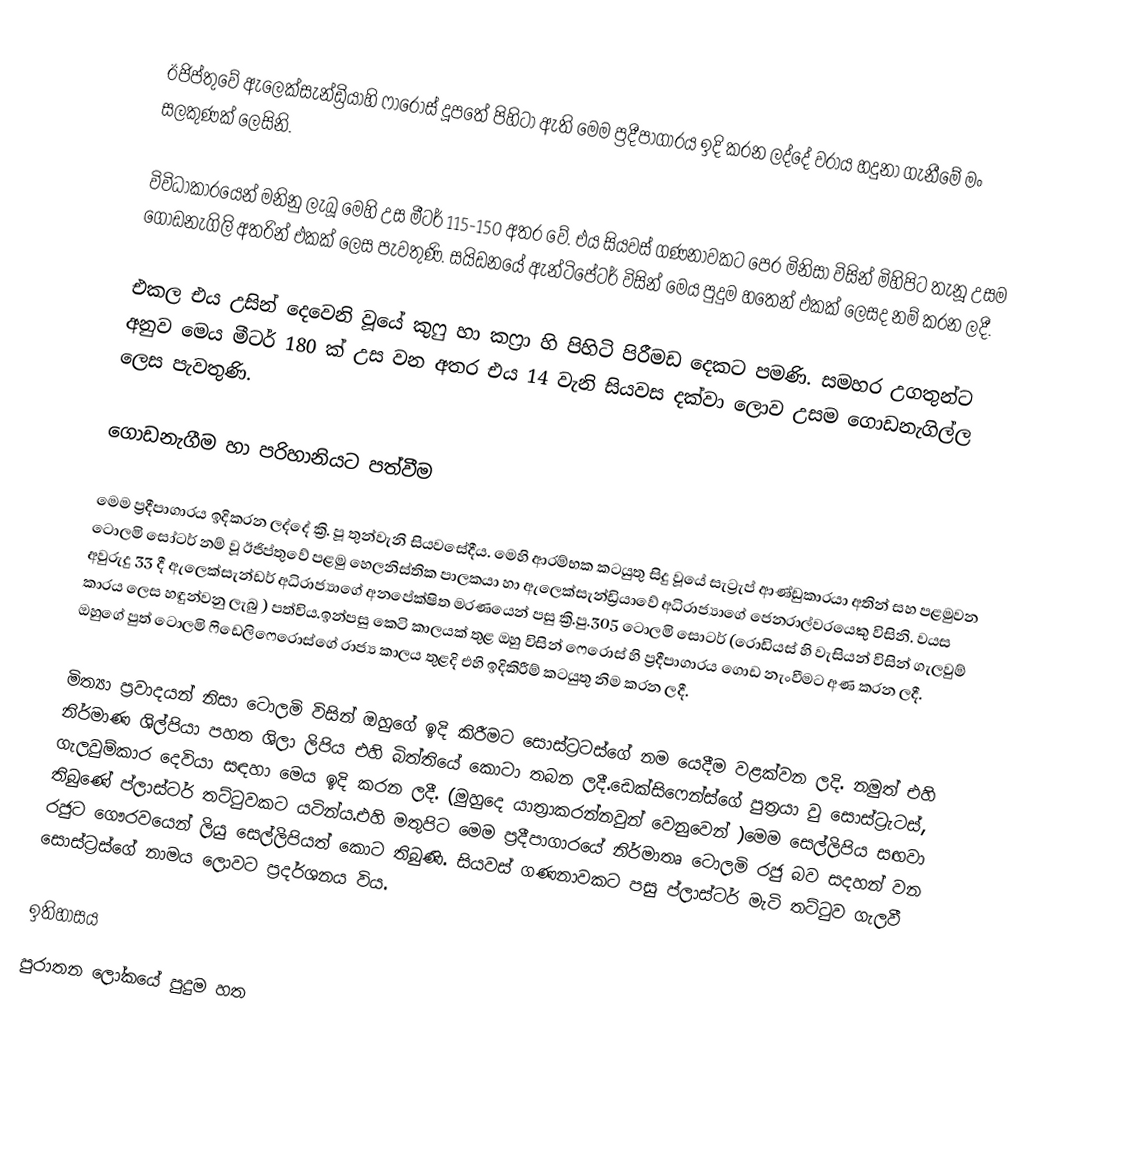
ඊජිප්තුවේ ඇලෙක්සැන්ඩ්‍රියාහි ෆාරොස් දූපතේ පිහිටා ඇති මෙම ප්‍රදීපාගාරය ඉදි කරන ලද්දේ වරාය හදුනා ගැනීමේ මං සලකුණක් ලෙසිනි.

විවිධාකාරයෙන් මනිනු ලැබූ මෙහි උස මීටර් 115-150 අතර වේ. එය සියවස් ගණනාවකට පෙර මිනිසා විසින් මිහිපිට තැනූ උසම ගොඩනැගිලි අතරින් එකක් ලෙස පැවතුණි. සයිඩනයේ ඇන්ටිපේටර් විසින් මෙය පුදුම හතෙන් එකක් ලෙසද නම් කරන ලදී.

එකල එය උසින් දෙවෙනි වූයේ කුෆු හා කෆ්‍රා හි පිහිටි පිරීමඩ දෙකට පමණි. සමහර උගතුන්ට අනුව මෙය මීටර් 180 ක් උස වන අතර එය 14 වැනි සියවස දක්වා ලොව උසම ගොඩනැගිල්ල ලෙස පැවතුණි.

ගොඩනැගීම හා පරිහානියට පත්වීම

මෙම ප්‍රදීපාගාරය ඉදිකරන ලද්දේ ක්‍රි. පූ තුන්වැනි සියවසේදීය. මෙහි ආරම්භක කටයුතු සිදු වූයේ සැට්‍රැප් ආණ්ඩුකාරයා අතින් සහ පළමුවන ටොලමි සෝටර් නම් වූ ඊජිප්තුවේ පළමු හෙලනිස්තික පාලකයා හා ඇලෙක්සැන්ඩ්‍රියාවේ අධිරාජ්‍යාගේ ජෙනරාල්වරයෙකු විසිනි. වයස අවුරුදු 33 දී ඇලෙක්සැන්ඩර් අධිරාජ්‍යාගේ අනපේක්ෂිත මරණයෙන් පසු ක්‍රි.පු.305 ටොලමි සොටර් (රොඩියස් හි වැසියන් විසින් ගැලවුම් කාරය ලෙස හඳුන්වනු ලැබු ) පත්විය.ඉන්පසු කෙටි කාලයක් තුළ ඔහු විසින් ෆෙරොස් හි ප්‍රදීපාගාරය ගොඩ නැංවීමට අණ කරන ලදී. ඔහුගේ  පුත් ටොලමි ෆිඩෙලිෆෙරොස්ගේ රාජ්‍ය කාලය තුළදි එහි ඉදිකිරීම් කටයුතු නිම කරන ලදී.

මිත්‍යා ප්‍රවාදයන් නිසා ටොලමි විසින් ඔහුගේ ඉදි කිරීමට සොස්ට්‍රටස්ගේ නම යෙදීම වළක්වන ලදි. නමුත් එහි නිර්මාණ ශිල්පියා පහත ශිලා ලිපිය එහි බිත්තියේ කොටා තබන ලදී.ඩෙක්සිෆෙන්ස්ගේ පුත්‍රයා වු සොස්ට්‍රැටස්, ගැලවුම්කාර දෙවියා සඳහා මෙය ඉදි කරන ලදී. (මුහුදෙ යාත්‍රාකරන්නවුන් වෙනුවෙන් )මෙම සෙල්ලිපිය සඟවා තිබුණේ ප්ලාස්ටර් තට්ටුවකට යටින්ය.එහි මතුපිට මෙම ප්‍රදීපාගාරයේ නිර්මාතෘ ටොලමි රජු බව සදහන් වන රජුට ගෞරවයෙන් ලියු සෙල්ලිපියත් කොට තිබුණි. සියවස් ගණනාවකට පසු ප්ලාස්ටර් මැටි තට්ටුව ගැලවී සොස්ට්‍රස්ගේ නාමය ලොවට ප්‍රදර්ශනය විය.

ඉතිහාසය
පුරාතන ලෝකයේ පුදුම හත